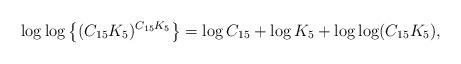
LaTeX: \begin{align*} \log \log \left\{(C_{15} K_5)^{C_{15}K_5}\right\}= \log C_{15} + \log K_5 + \log\log (C_{15}K_5),\end{align*}